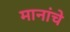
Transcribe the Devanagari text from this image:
मानांचे